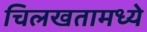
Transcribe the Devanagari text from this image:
चिलखतामध्ये